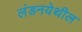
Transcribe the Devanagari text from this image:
लंडनयेथील